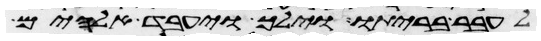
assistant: לעבר בריתו וילך ויעבד אלהים